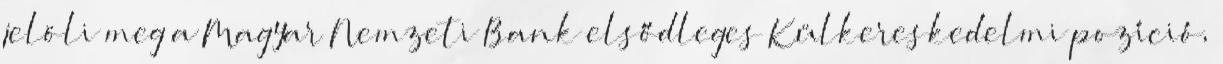
jelöli meg a Magyar Nemzeti Bank elsődleges Külkereskedelmi pozíció,